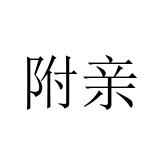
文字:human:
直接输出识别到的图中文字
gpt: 附亲